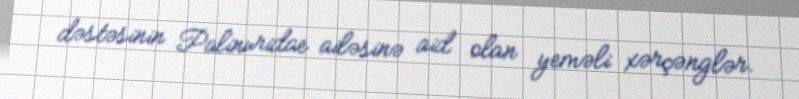
dəstəsinin Palinuridae ailəsinə aid olan yeməli xərçənglər.